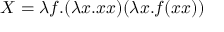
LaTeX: X = \lambda f . ( \lambda x . x x ) ( \lambda x . f ( x x ) )